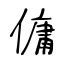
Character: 傭